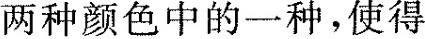
两种颜色中的一种，使得